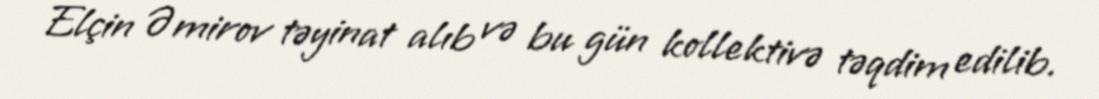
Elçin Əmirov təyinat alıb və bu gün kollektivə təqdim edilib.